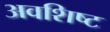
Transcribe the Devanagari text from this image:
अवशिष्‍ट